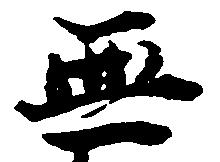
無